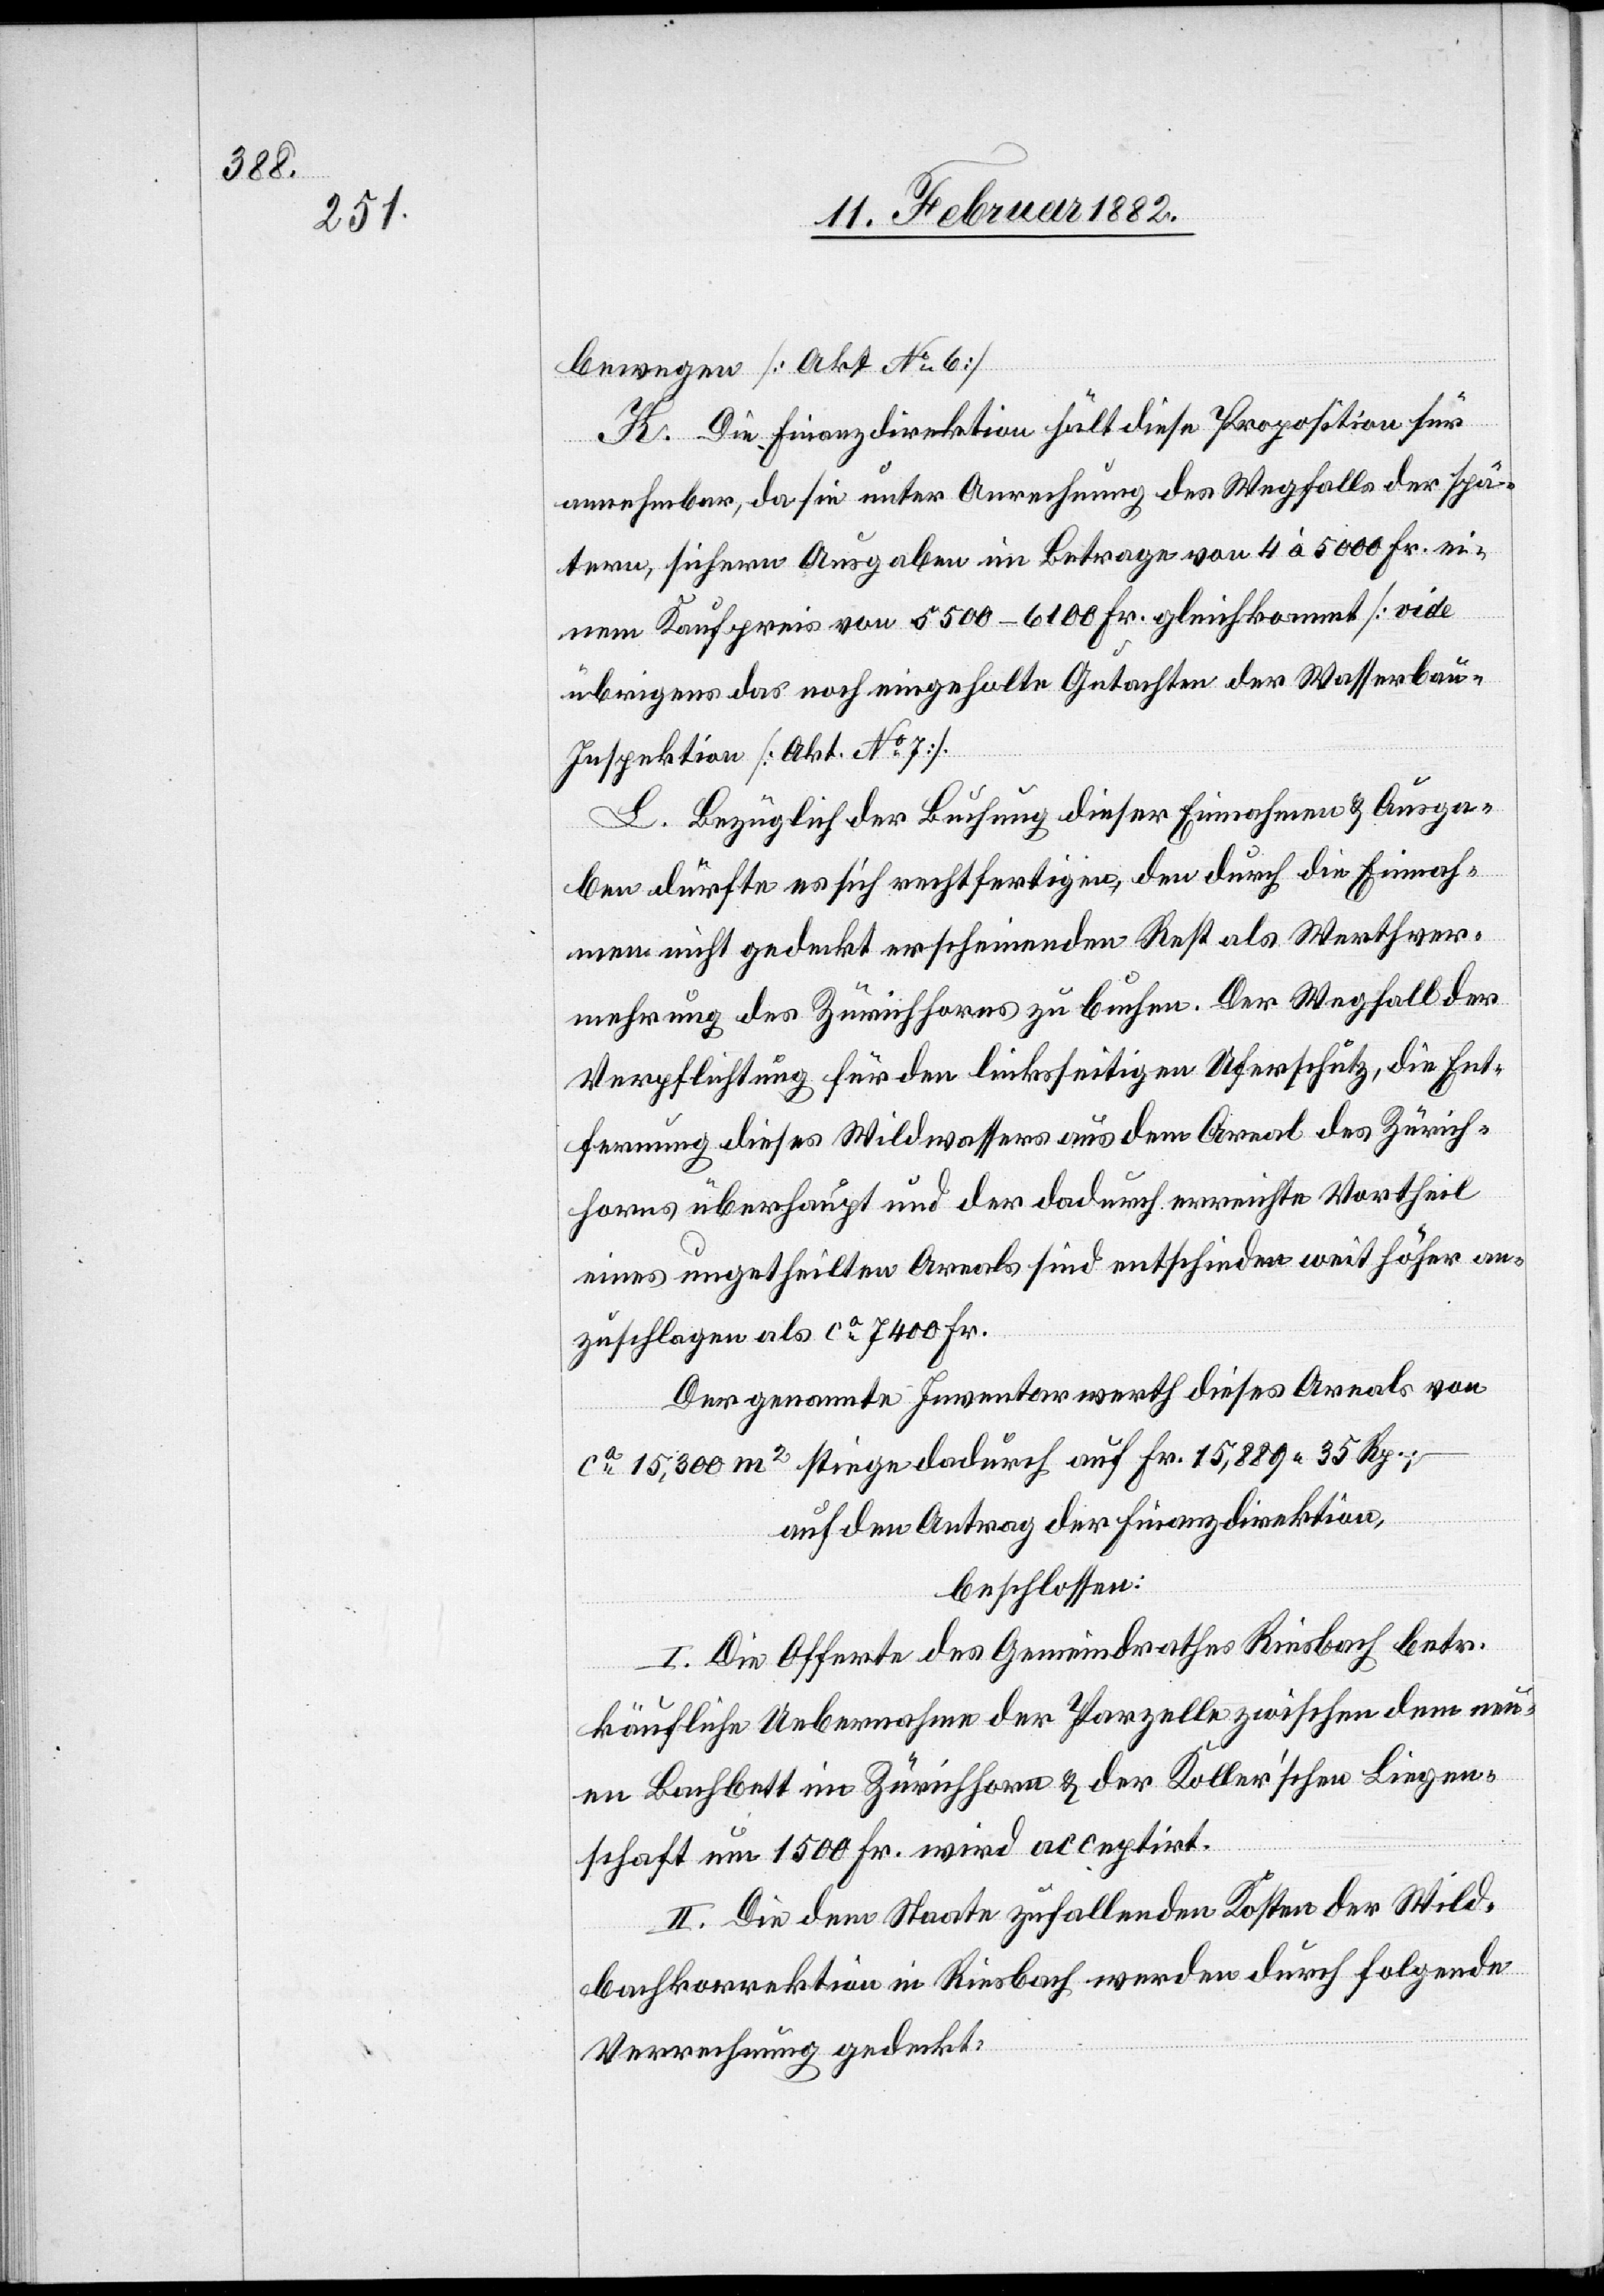
bewegen [Akt. No 6].
K. Die Finanzdirektion hält diese Proposition für
annehmbar, da sie unter Anrechnung des Wegfalles der spä¬
teren, sichern Ausgaben im Betrage von 4 à 5000 Fr. ei¬
nen Kaufpreis von 5500–6100 Fr. gleichkommt [vide
übrigens das noch eingeholte Gutachten der Wasserbau-I¬
nspektion [Akt. No 7].
L. Bezüglich der Buchung dieser Einnahmen & Ausga¬
ben dürfte es sich rechtfertigen, den durch die Einnah¬
me nicht gedeckt erscheinenden Rest als Werthver¬
mehrung des Zürichhorns zu buchen. Der Wegfall der
Verpflegung für den linksseitigen Uferschutz, die Ent¬
fernung dieses Wildwassers aus dem Areal des Zürich¬
horns überhaupt und der dadurch erreichte Vortheil
eines ungetheilten Areals sind entschieden weit höher an¬
zuschlagen als ca 7400 Fr.
Der genannte Inventarwerth dieses Areal von
ca 15,300 m2 stiege dadurch auf Fr. 15,889 35 Rp.;
auf den Antrag der Finanzdirektion,
beschlossen:
I. Die Offerte des Gemeindrathes Riesbach betr.
käufliche Uebernahme der Parzelle zwischen dem neu¬
en Bachbett im Zürichhorn & der Koller’schen Liegen¬
schaft um 1500 Fr. wird acceptirt.
II. Die dem Staate zufallenden Kosten der Wild¬
bachkorrektion in Riesbach werden durch folgende
Verrechnung gedeckt: